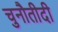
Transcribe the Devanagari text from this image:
चुनौतीदी